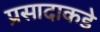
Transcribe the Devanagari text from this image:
प्रसादाकडे